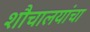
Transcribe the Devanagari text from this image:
शौचालयांचा